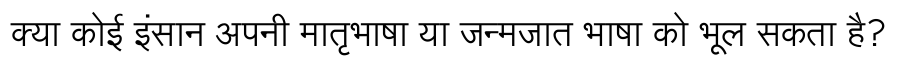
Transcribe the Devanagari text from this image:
क्या कोई इंसान अपनी मातृभाषा या जन्मजात भाषा को भूल सकता है?